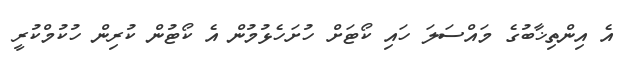
އެ އިންތިޚާބުގެ މައްސަލަ ހައި ކޯޓަށް ހުށަހެޅުމުން އެ ކޯޓުން ކުރިން ހުކުމްކުރީ